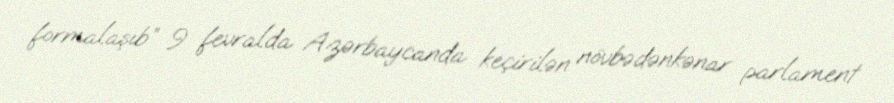
formalaşıb” 9 fevralda Azərbaycanda keçirilən növbədənkənar parlament